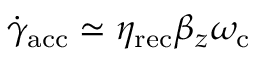
\dot { \gamma } _ { \mathrm { a c c } } \simeq \eta _ { \mathrm { r e c } } \beta _ { z } \omega _ { \mathrm { c } }